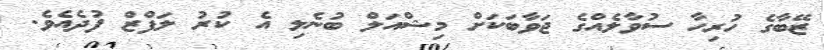
ޒޭބާގެ ހުރިހާ ސުވާލެއްގެ ޖަވާބަކަށް މިޝްއަލް ބުނެލި އެ ކުރު ލަފްޒް ފުދެއެވެ.